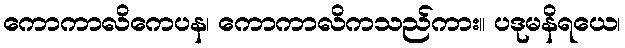
ကောကာလိကေပန၊ ကောကာလိကသည်ကား။ ပဒုမနိရယေ၊